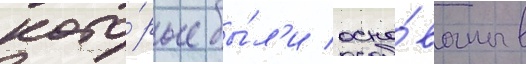
кото́рые бы́л'и осно́ваны в